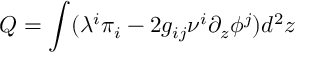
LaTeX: Q = \int ( \lambda ^ { i } \pi _ { i } - 2 g _ { i j } \nu ^ { i } \partial _ { z } \phi ^ { j } ) d ^ { 2 } z